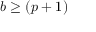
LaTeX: b \geq ( p + 1 )